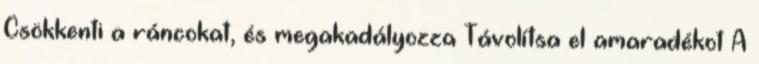
Csökkenti a ráncokat, és megakadályozza Távolítsa el amaradékot A